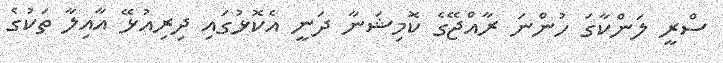
ސްރީ ލަންކާގަ ހުންނަ ރާއްޖޭގެ ކޮމިޝަނާ ދަނީ އެކޮޅުގައި ދިރިއުޅޭ އާއިލާ ތަކުގެ